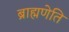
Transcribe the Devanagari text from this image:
ब्राह्मणेति